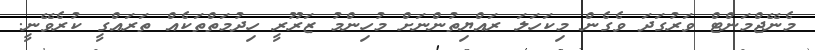
މެނޭޖްމަންޓް ވަރުގަދަ ވެގެން މިކަހަލަ ރައްޔިތުންނަށް މުހިންމު ޒަރޫރީ ހިދުމަތްތަކެއް ތަރައްގީ ކުރެވޭނީ.